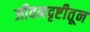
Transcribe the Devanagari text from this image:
जीवनदृष्टीतून